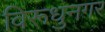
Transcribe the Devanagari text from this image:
विरूधुनगर